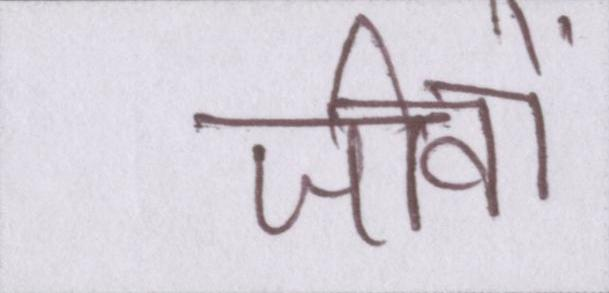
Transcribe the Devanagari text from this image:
जीवों